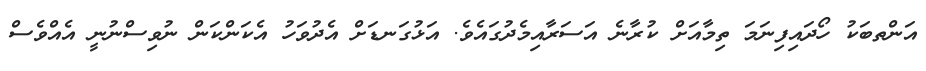
އަންތބަކު ހޯދައިފިނަމަ ތިމާއަށް ކުރާނެ އަސަރާއިމެދުގައެވެ. އަޅުގަނޑަށް އެދުވަހު އެކަންކަން ނުވިސްނުނީ އެއްވެސް